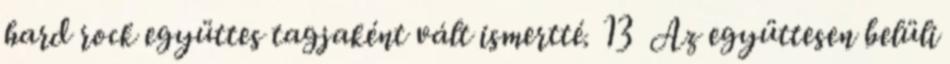
hard rock együttes tagjaként vált ismertté. 13 Az együttesen belüli